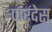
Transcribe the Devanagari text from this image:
पारदेस